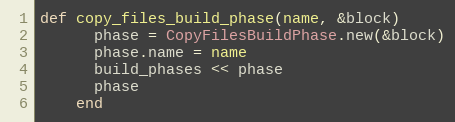
Language: Ruby
def copy_files_build_phase(name, &block)
      phase = CopyFilesBuildPhase.new(&block)
      phase.name = name
      build_phases << phase
      phase
    end